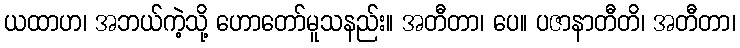
ယထာဟ၊ အဘယ်ကဲ့သို့ ဟောတော်မူသနည်း။ အတီတာ၊ ပေ။ ပဇာနာတီတိ၊ အတီတာ၊